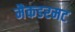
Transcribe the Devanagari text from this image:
मैकडरमट